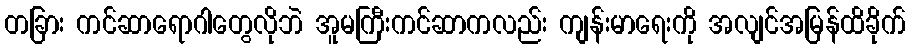
တခြား ကင်ဆာရောဂါတွေလိုဘဲ အူမကြီးကင်ဆာကလည်း ကျန်းမာရေးကို အလျင်အမြန်ထိခိုက်